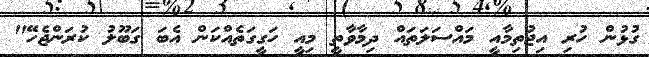
ގުޅުން ހުރި އިޖުތިމާއީ މައްސަލަތައް ދިމާވާތީ މިއީ ހަގީގަތެއްކަން އެބަ ގަބޫލު ކުރަންޖެހޭ"